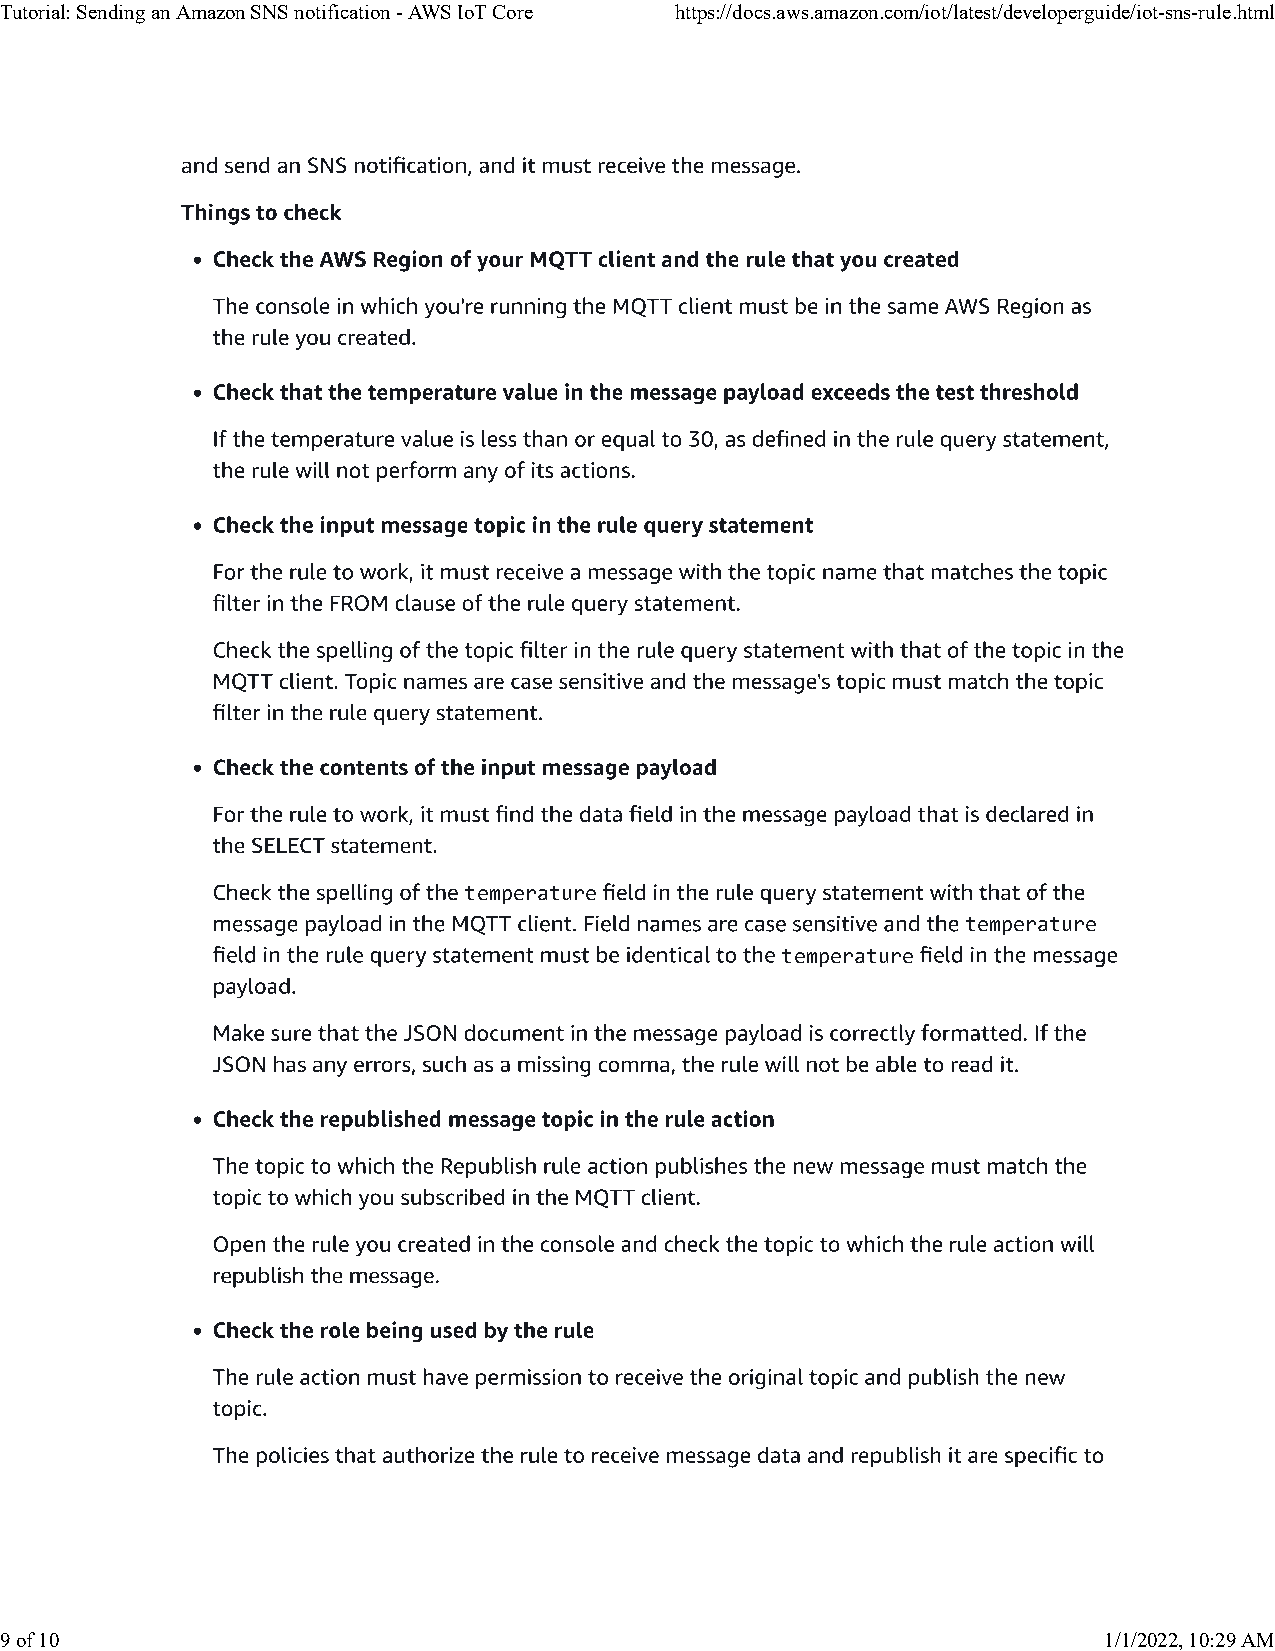
Tutorial: Sending an Amazon SNS notification - AWS IoT Core https://docs.aws.amazon.com/iot/latest/developerguide/iot-sns-rule.html
 temperature
 temperature
 temperature
 9 of 10                                                                  1/1/2022, 10:29 AM